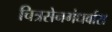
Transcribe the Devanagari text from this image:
चित्रसेनगंधर्वास